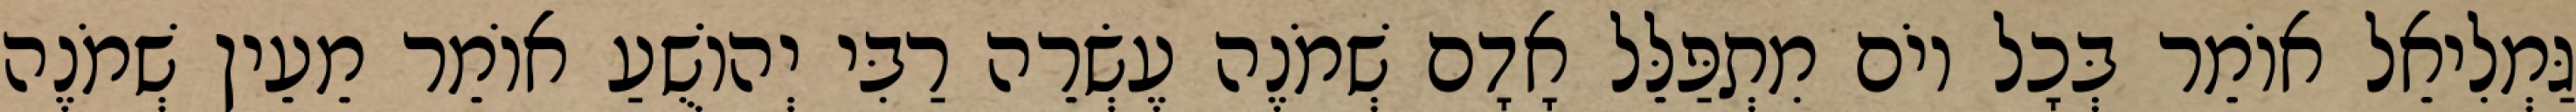
גַּמְלִיאֵל אוֹמֵר בְּכָל יוֹם מִתְפַּלֵּל אָדָם שְׁמֹנֶה עֶשְׂרֵה רַבִּי יְהוֹשֻׁעַ אוֹמֵר מֵעֵין שְׁמֹנֶה